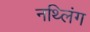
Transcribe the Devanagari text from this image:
नथ्लिंग